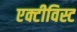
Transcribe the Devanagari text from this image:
एक्टीविस्ट